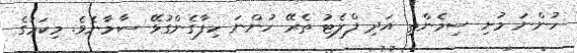
ހުންނަ މުށި ސިމެންތި އަދި ފްލެޓު ތެރޭ ހުންނަ ހިފާގެންގުޅޭ ސާމާނެވެ. މިކަމުގެ